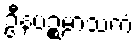
ဦနပဉ္စမာသကံ